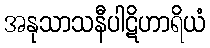
အနုသာသနီပါဋိဟာရိယံ